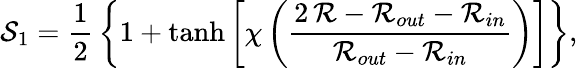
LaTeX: \mathcal{S}_{1}=\frac 12\, \left\{ 1+\operatorname{tanh}\left[\chi\left(\frac{2\, \mathcal{R}-\mathcal{R}_{out}-\mathcal{R}_{in}}{\mathcal{R}_{out}-\mathcal{R}_{in}}\right)\right]\right\} ,